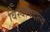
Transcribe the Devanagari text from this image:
विस्वविदाल्य्